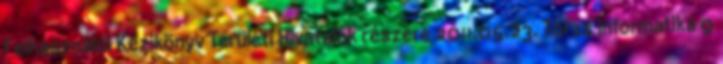
Felhasználói Kézikönyv Területi Hivatalok részére 2011.05.23. Törzs Informatika 9